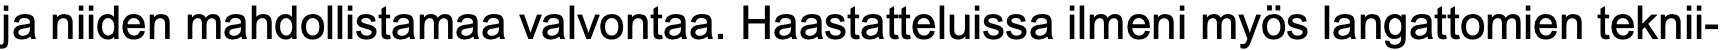
ja niiden mahdollistamaa valvontaa. Haastatteluissa ilmeni myös langattomien teknii-